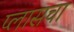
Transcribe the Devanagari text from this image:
प्लासचा